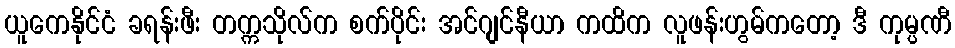
ယူကေနိုင်ငံ ခရန်းဖီး တက္ကသိုလ်က စက်ပိုင်း အင်ဂျင်နီယာ ကထိက လူဖန်းဟွမ်ကတော့ ဒီ ကုမ္ပဏီ